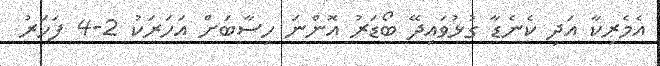
އެމެރިކާ އަދި ކެނެޑާ ގުޅުވައިދޭ ބޯޑަރު އޮންނަ ހިސާބަށް އަހަރަކު 2-4 ފަހަރު